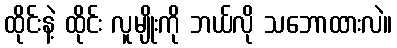
ထိုင်းနဲ့ ထိုင်း လူမျိုးကို ဘယ်လို သဘောထားလဲ။